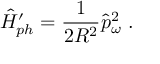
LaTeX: \hat { H } _ { p h } ^ { \prime } = \frac { 1 } { 2 R ^ { 2 } } \hat { p } _ { \omega } ^ { 2 } \ .